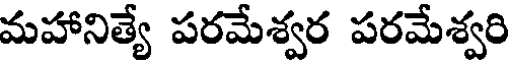
మహానిత్యే పరమేశ్వర పరమేశ్వరి